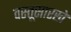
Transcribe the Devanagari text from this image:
वस्तूसारखे